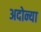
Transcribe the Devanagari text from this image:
अदोन्या